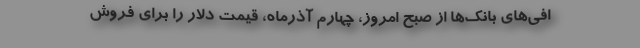
افی‌های بانک‌ها از صبح امروز، چهارم آذرماه، قیمت دلار را برای فروش